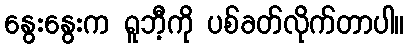
နွေးနွေးက ရူဘီ့ကို ပစ်ခတ်လိုက်တာပါ။